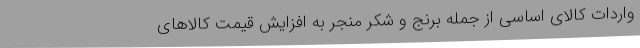
واردات کالای اساسی از جمله برنج و شکر منجر به افزایش قیمت کالاهای